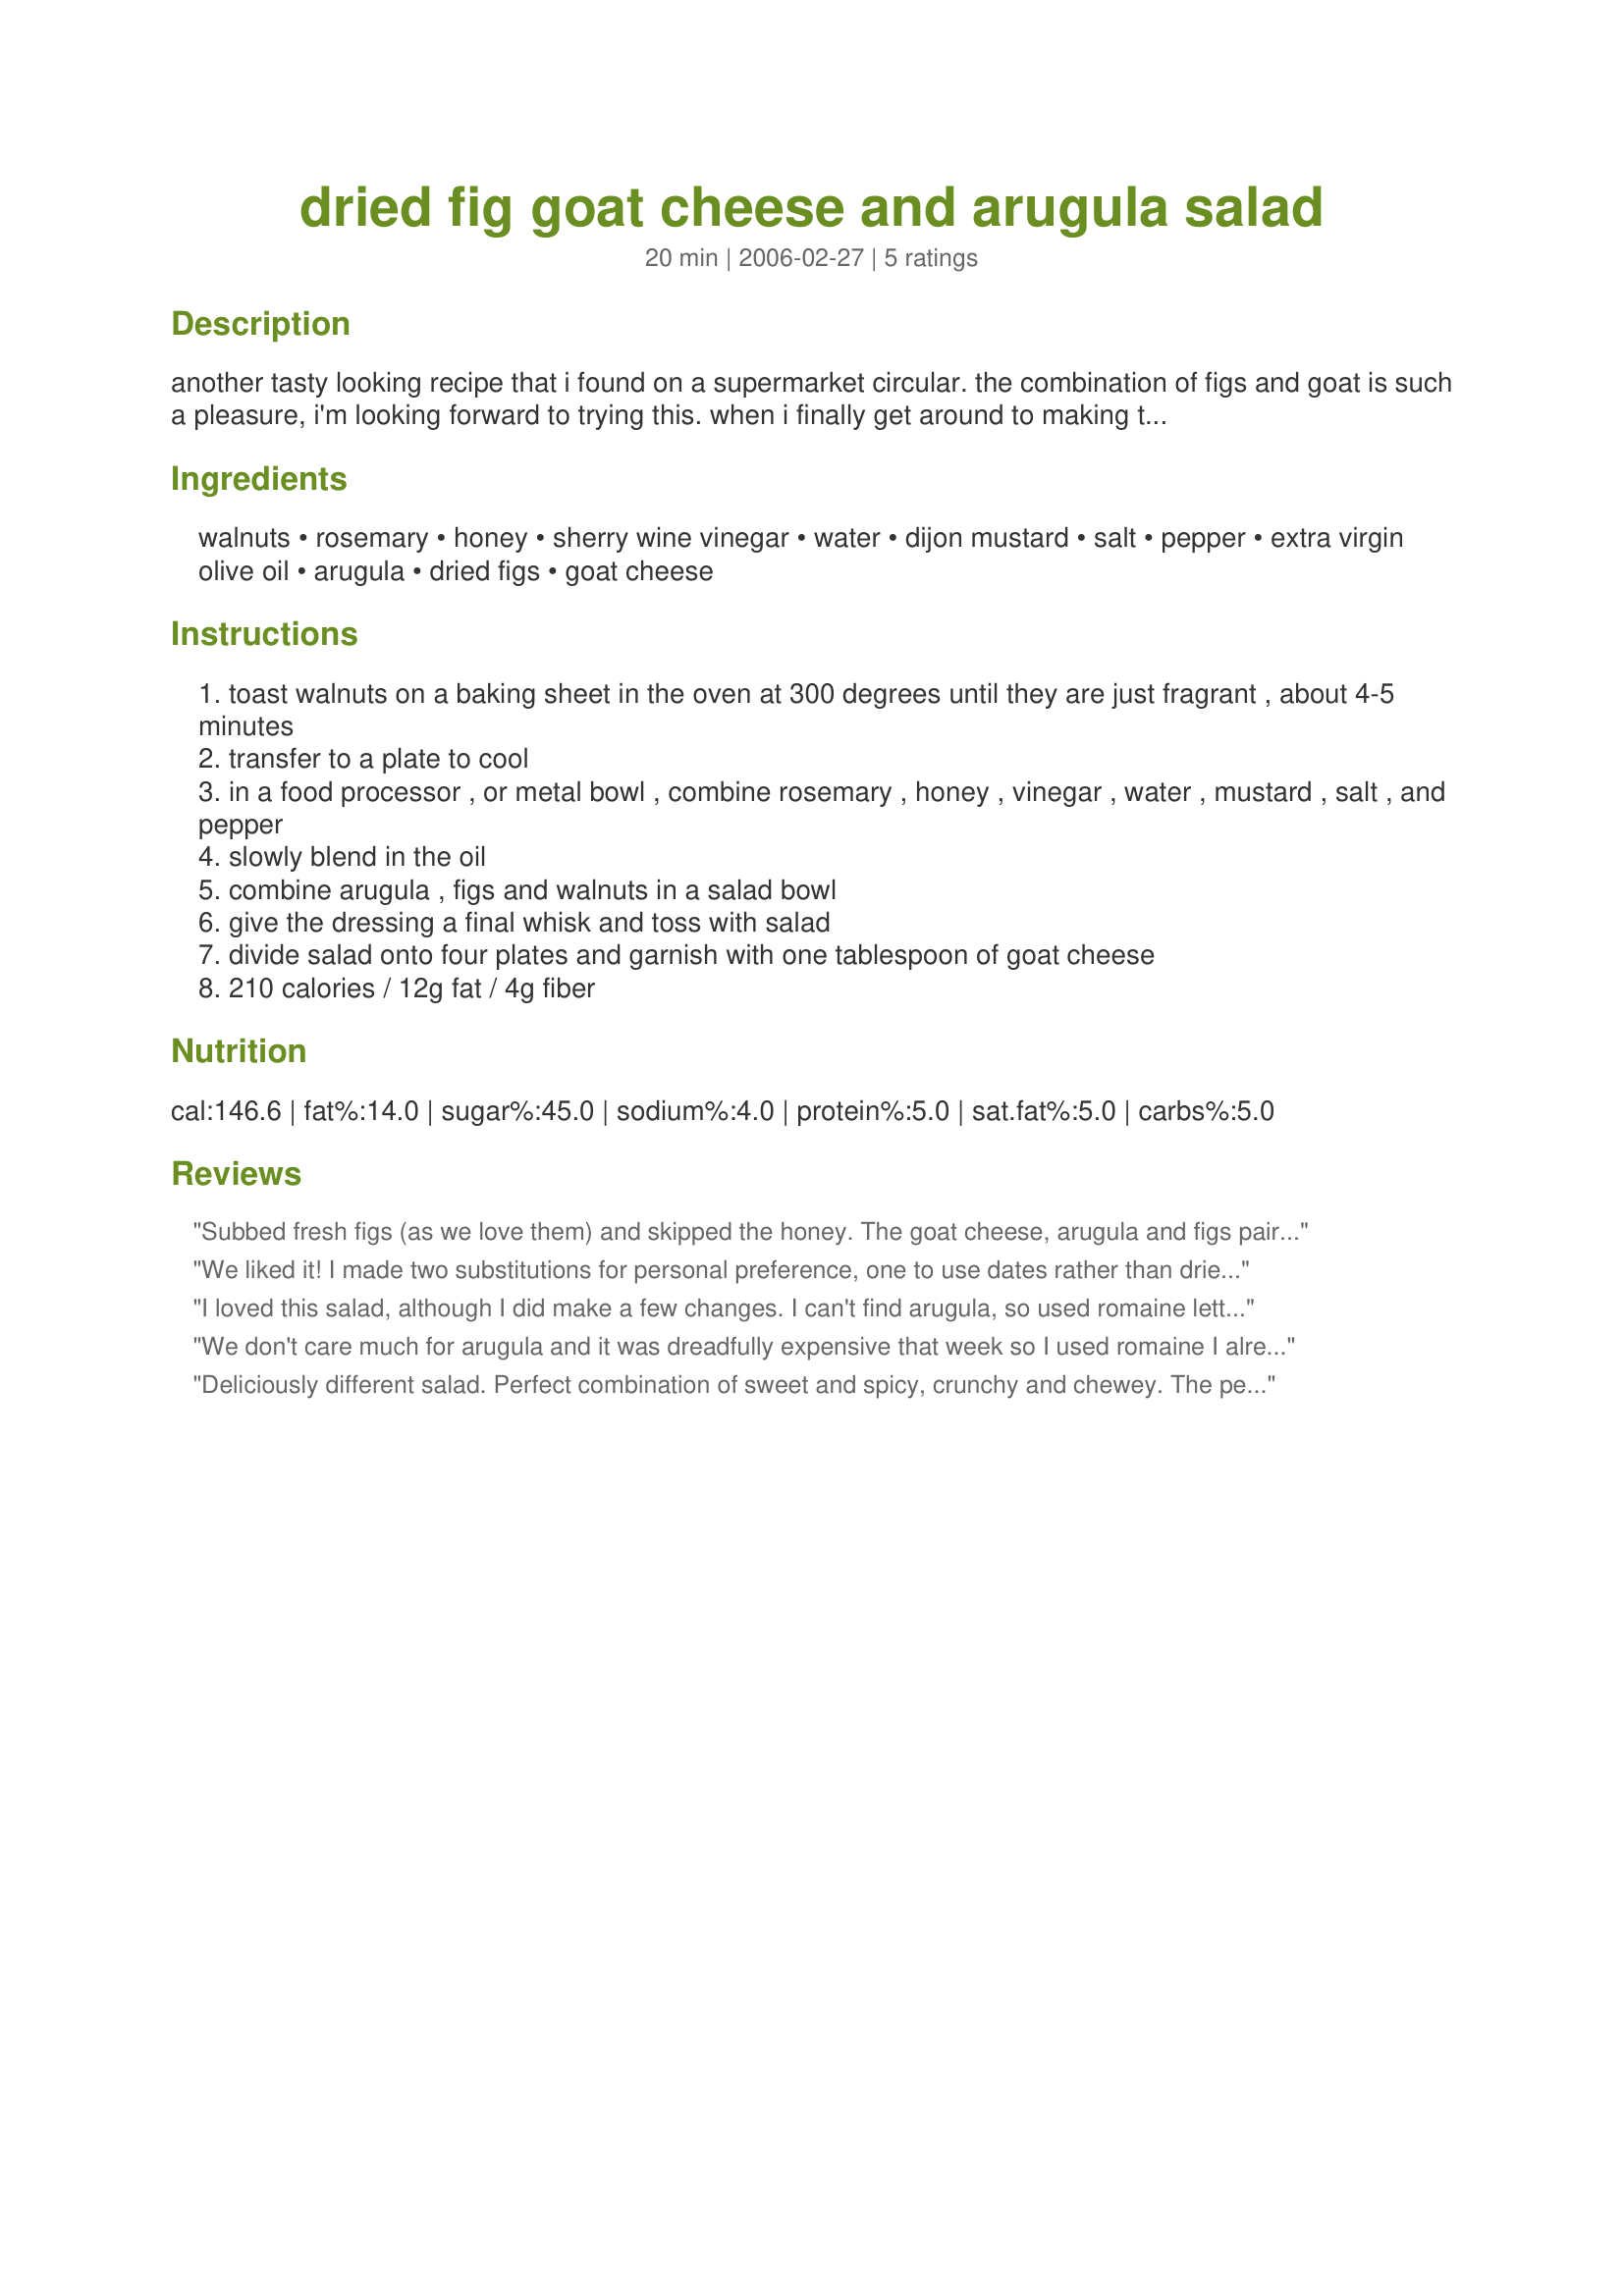
dried fig goat cheese and arugula salad
Preparation time: 20 minutes

another tasty looking recipe that i found on a supermarket circular. the combination of figs and goat is such a pleasure, i'm looking forward to trying this. when i finally get around to making this, will probably look for some ways to reduce the oil in the dressing.

Ingredients:
walnuts, rosemary, honey, sherry wine vinegar, water, dijon mustard, salt, pepper, extra virgin olive oil, arugula, dried figs, goat cheese

Steps:
toast walnuts on a baking sheet in the oven at 300 degrees until they are just fragrant , about 4-5 minutes
transfer to a plate to cool
in a food processor , or metal bowl , combine rosemary , honey , vinegar , water , mustard , salt , and pepper
slowly blend in the oil
combine arugula , figs and walnuts in a salad bowl
give the dressing a final whisk and toss with salad
divide salad onto four plates and garnish with one tablespoon of goat cheese
210 calories / 12g fat / 4g fiber

Reviews:
Subbed fresh figs (as we love them) and skipped the honey. The goat cheese, arugula and figs paired very well together.
We liked it! I made two substitutions for personal preference, one to use dates rather than dried figs and the other to use romaine rather than arugula. I would make again, cutting the amount of honey as it was too sweet for our taste. Thank you for posting Toni. Made for Potluck Tag, please see my rating system.
I loved this salad, although I did make a few changes. I can't find arugula, so used romaine lettuce. I loved the dressing, and plan to use it on many salads. Loved the tanginess of the goat cheese. Thank you so much Toni. Darn, I wish my camera worked!
We don't care much for arugula and it was dreadfully expensive that week so I used romaine I already owned and used brown dried figs I already owned. We all found it very good. It isn't one you'd put on the table every week, but a really good change.
Deliciously different salad. Perfect combination of sweet and spicy, crunchy and chewey. The peppery arugula is perfect with the rosemary scented dressing. Just wonderful!
